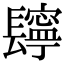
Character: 𨲸